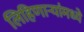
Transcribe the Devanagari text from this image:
लिहिणार्‍यांमध्ये